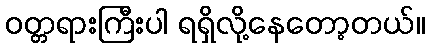
ဝတ္တရားကြီးပါ ရရှိလို့နေတော့တယ်။